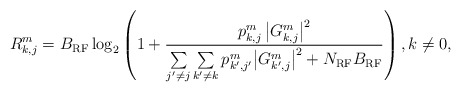
\begin{align*}R_{k,j}^m=B_{\rm RF} \log_2 \left( 1 + \frac{p_{k,j}^m \left|G_{k,j}^m\right|^2}{{\sum\limits_{j'\ne j} \sum\limits_{k'\ne {{k}}} {p_{k',j'}^{{m}} { {{ \left|G_{k',j}^m\right|^2 }} } } } + N_{\rm RF}B_{\rm RF} }\right), k\ne 0,\end{align*}